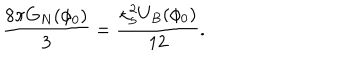
\frac { 8 \pi G _ { N } ( \phi _ { 0 } ) } { 3 } = \frac { \kappa _ { 5 } ^ { 2 } U _ { B } ( \phi _ { 0 } ) } { 1 2 } .